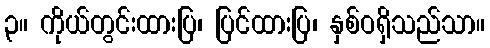
၃။ ကိုယ်တွင်းထားပြ၊ ပြင်ထားပြ၊ နှစ်ဝရှိသည်သာ။